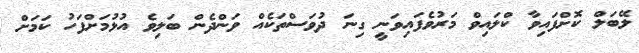
ލޭބަލް ކޮށްފައިވާ ކްލައިވް މަރުވެފައިވަނީ ގިނަ ދުވަސްތަކެއް ވަންދެން ބަލިވެ އުޅުމަށްފަހު ކަމަށް